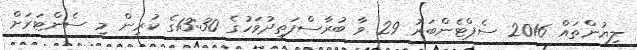
ލިޔުންތައް 2016 ސެޕްޓެންބަރު 29 ވާ ބުރާސްފަތިދުވަހުގެ 13:30ގެ ކުރިން މި ސެންޓަރަށް